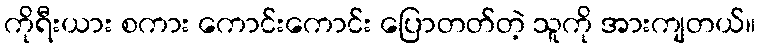
ကိုရီးယား စကား ကောင်းကောင်း ပြောတတ်တဲ့ သူကို အားကျတယ်။